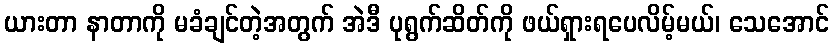
ယားတာ နာတာကို မခံချင်တဲ့အတွက် အဲဒီ ပုရွက်ဆိတ်ကို ဖယ်ရှားရပေလိမ့်မယ်၊ သေအောင်